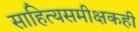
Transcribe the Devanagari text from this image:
साहित्यसमीक्षकही